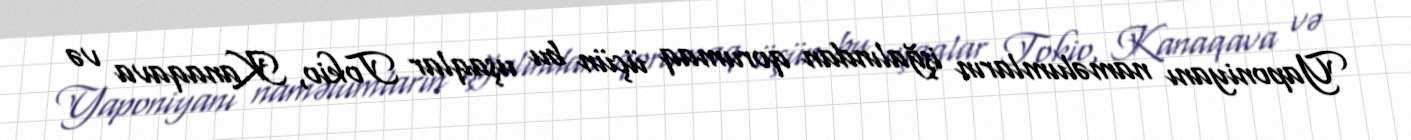
Yaponiyanı naməlumların işğalından qorumaq üçün bu uşaqlar Tokio, Kanaqava və